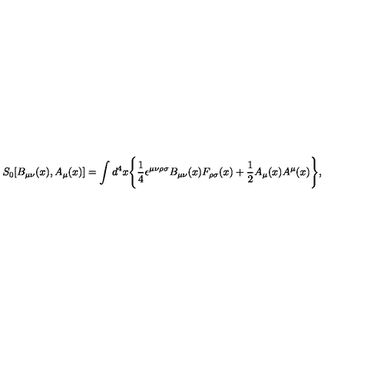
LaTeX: S _ { 0 } [ B _ { \mu \nu } ( x ) , A _ { \mu } ( x ) ] = \int d ^ { 4 } x \Bigg \{ \frac { 1 } { 4 } \epsilon ^ { \mu \nu \rho \sigma } B _ { \mu \nu } ( x ) F _ { \rho \sigma } ( x ) + \frac { 1 } { 2 } A _ { \mu } ( x ) A ^ { \mu } ( x ) \Bigg \} ,